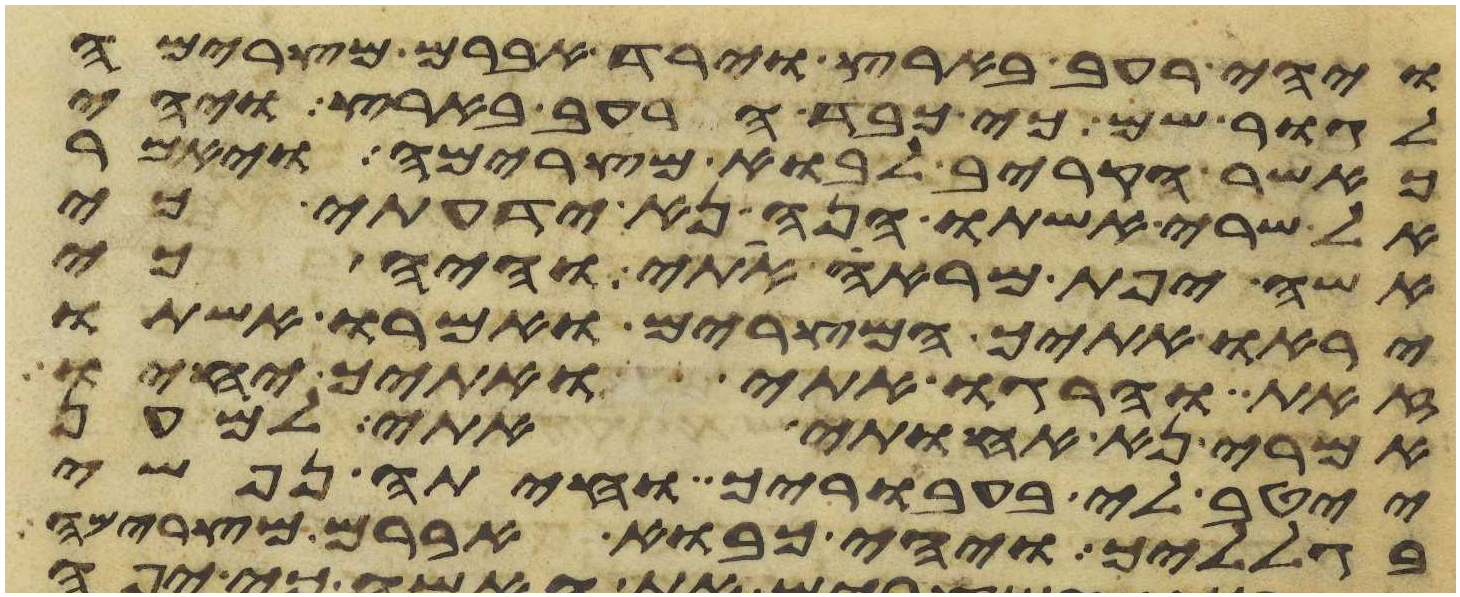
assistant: ויהי רעב בארץ וירד אברם מצרימה
לגור שם כי כבד הרעב בארץ ויהי
כאשר הקריב לבוא מצרימה ויאמר
אל שרי אשתו הנה נא ידעתי כי
אשה יפת מראה אתי והיה כי
יראו אתיך המצרים ואמרו אשתו
זאת והרגו אתי ואתיך יחיו
אמרי נא אחותי אתי למען
ייטב לי בעבוריך וחיתה נפשי
בגלליך ויהי כבוא אברם מצרימה